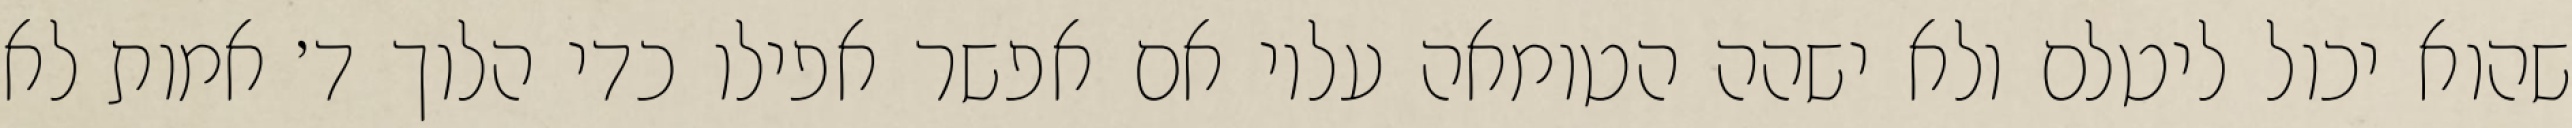
שהוא יכול ליטלם ולא ישהה הטומאה עליו אם אפשר אפילו כדי הלוך ד׳ אמות לא